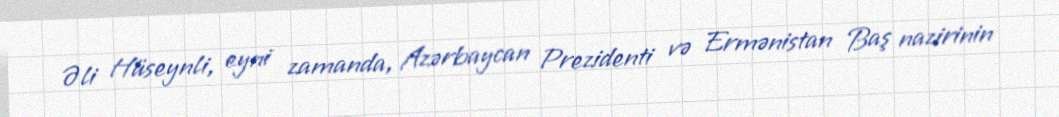
Əli Hüseynli, eyni zamanda, Azərbaycan Prezidenti və Ermənistan Baş nazirinin